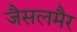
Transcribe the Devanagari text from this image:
जैसलमैर